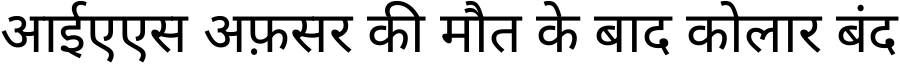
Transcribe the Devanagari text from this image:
आईएएस अफ़सर की मौत के बाद कोलार बंद